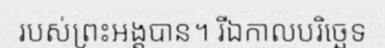
របស់ព្រះអង្គបាន។ រីឯកាលបរិច្ឆេទ